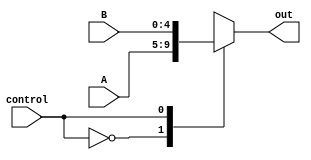
module MUX2TO1_5(A, B, control, out);
  input [4:0] A, B;
  input control;
  
  output reg [4:0] out=0;
  
  always@(A or B or control)
  begin
    case(control)
      0: out = A;
      1: out = B;
    endcase
  end
endmodule